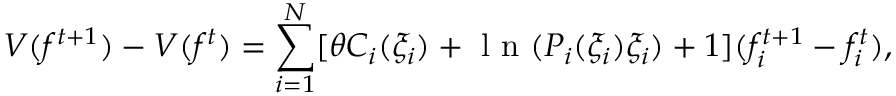
V ( f ^ { t + 1 } ) - V ( f ^ { t } ) = \sum _ { i = 1 } ^ { N } [ \theta C _ { i } ( \xi _ { i } ) + \mathrm { ~ l ~ n ~ } ( P _ { i } ( \xi _ { i } ) \xi _ { i } ) + 1 ] ( f _ { i } ^ { t + 1 } - f _ { i } ^ { t } ) ,